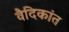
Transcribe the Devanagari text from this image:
वैदिकांत